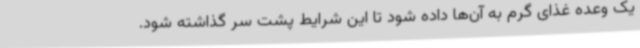
یک وعده غذای گرم به آن‌ها داده شود تا این شرایط پشت سر گذاشته شود.